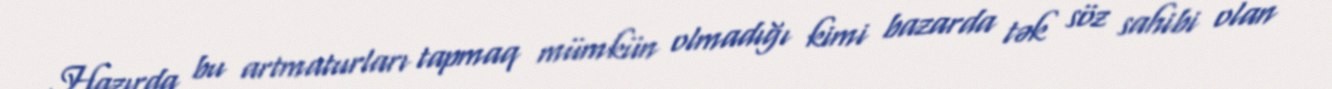
Hazırda bu artmaturları tapmaq mümkün olmadığı kimi bazarda tək söz sahibi olan